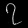
Digit: ၇